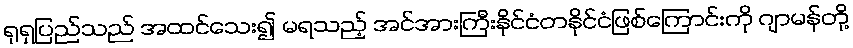
ရုရှပြည်သည် အထင်သေး၍ မရသည့် အင်အားကြီးနိုင်ငံတနိုင်ငံဖြစ်ကြောင်းကို ဂျာမန်တို့